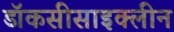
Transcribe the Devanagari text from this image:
डॉकसीसाइक्लीन